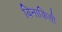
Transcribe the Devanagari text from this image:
बिनाकिसी